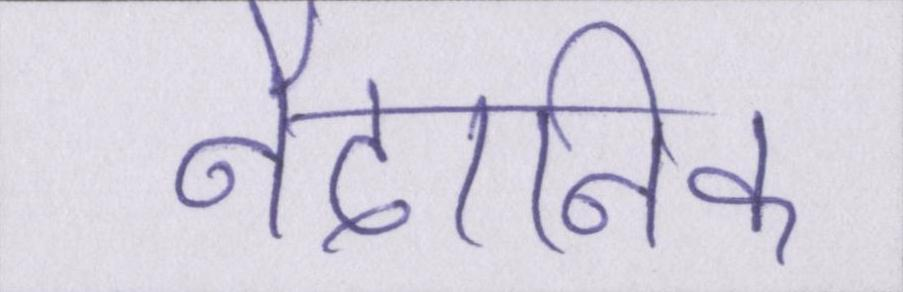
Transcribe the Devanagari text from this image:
नैदानिक